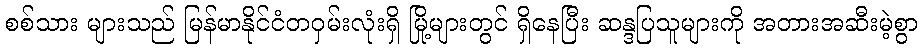
စစ်သား များသည် မြန်မာနိုင်ငံတဝှမ်းလုံးရှိ မြို့များတွင် ရှိနေပြီး ဆန္ဒပြသူများကို အတားအဆီးမဲ့စွာ